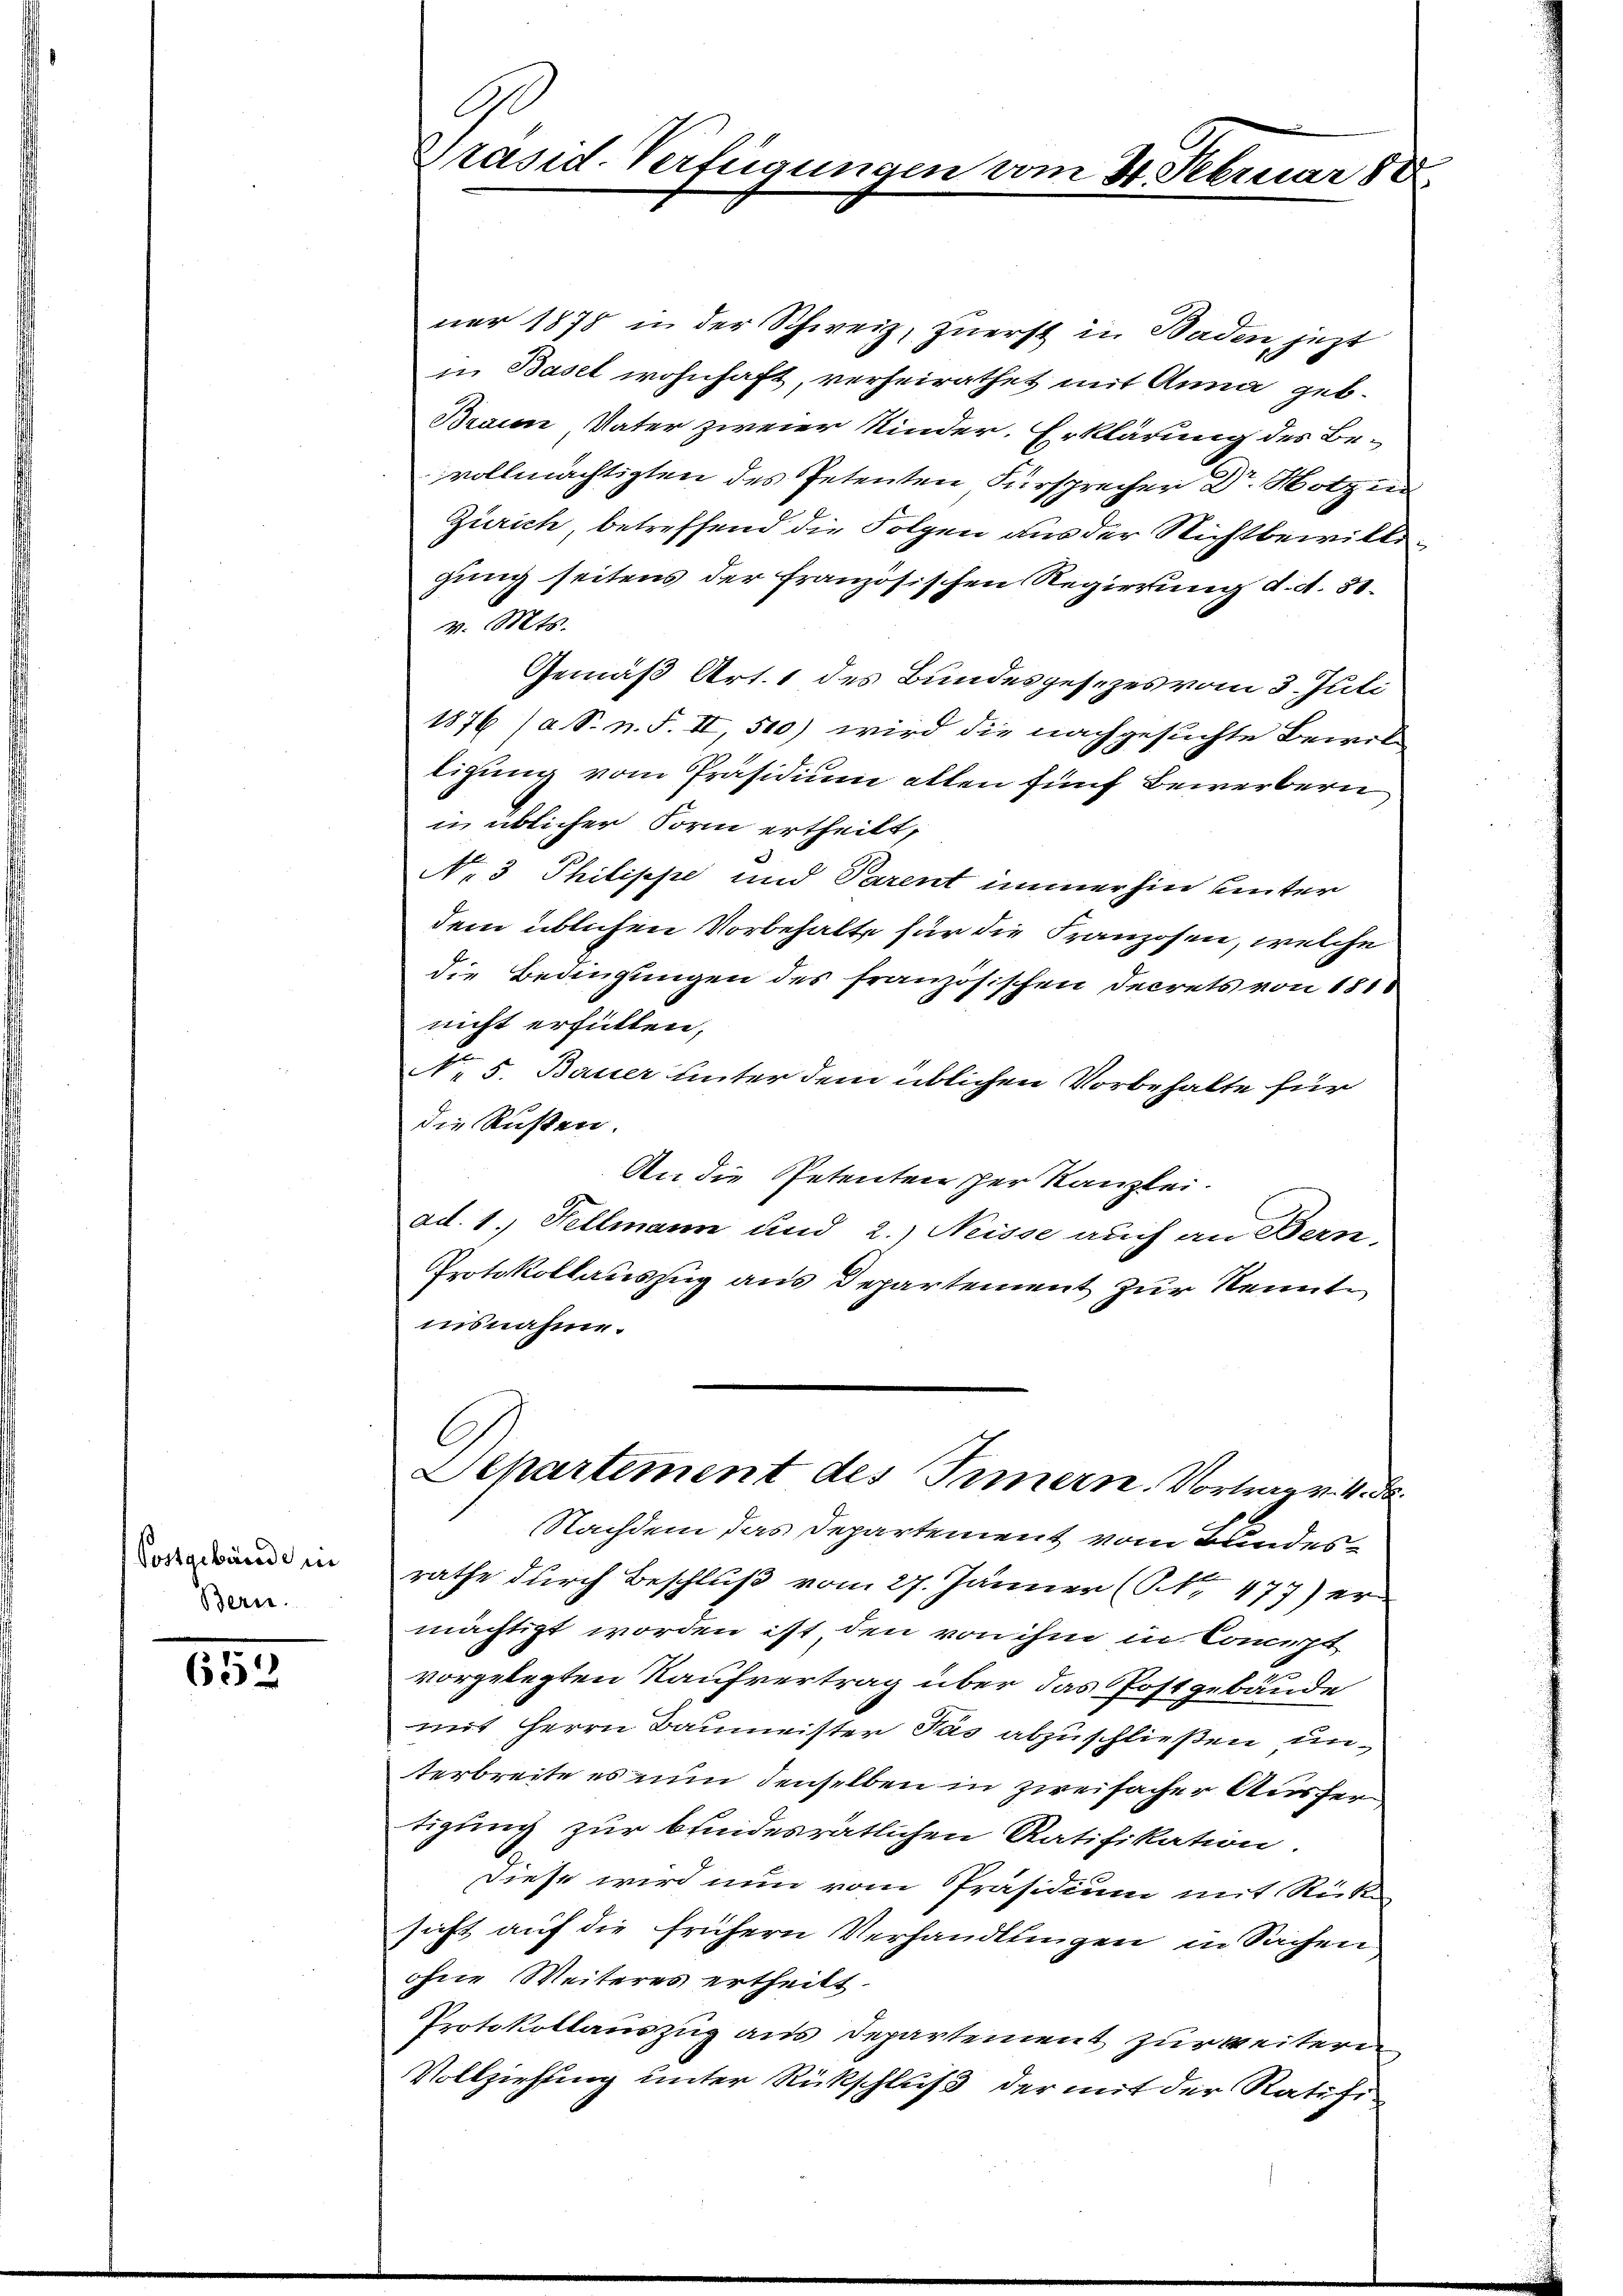
Postgebäude in
Bern.

652

ner 1878 in der Schweiz, zuerst in Baden jetzt
in Basel wohnhaft, verheirathet mit Anna geb.
Braun Vater zweier Kinder. Erklärung des Be-
vollmächtigten des Petenten Fürsprecher Dr. Notzin
Zürich betreffend die Folgen aus der Nichtbewillegung seitens der französischen Regierung d. d. 31.
v. Mts.
Gemäß Art. 1 des Bundesgesezes vom 3. Juli
1876 (a S. n. F. II, 500) wird die nachgesuchte Bewil
ligung vom Präsidium alten fünf Bewerbern
in üblicher Form ertheilt,
N. 3 Philippe und Parent immerhin unter
dem üblichen Vorbehalte für die Franzosen, welche
die Bedingungen des französischen Decrets von 181
nicht erfüllen,
No 5. Bauer unter dem üblichen Vorbehalte für
die Rußten.
An die Petenten der Kanzlei.
ad. 1. Fellmann und 2.) Neisse auch an Bern,
Protokollauszug aus Departement zur Kenntinsnahme.
Aepartement des Innern. Vortrag v. 4. d.
Nachdem das Departement vom Bundesrathe durch Beschluß vom 27. Jänner (Nr. 477) er
mächtigt worden ist den von ihm in Concept
vorgelegten Kaufvertrag über das Postgebäude
mit Herrn Baumeister Pas abzuschließen unterbreite es nun denselben in zweifacher Ausfertigung zur bundesrätlichen Ratifikation
Diese wird nun vom Präsidium mit Rück-
sicht auf die frühern Verhandlungen in Sachen
ohne Weiteres ertheilt.
Protokollauszug aus Departement zur weiteren
Vollziehung unter Rückschluß der mit der Ratifi

2
Präsid. Verfügungen vom 31. Februar 188